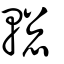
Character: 𨍉